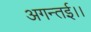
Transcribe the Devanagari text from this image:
अगन्‍तई।।